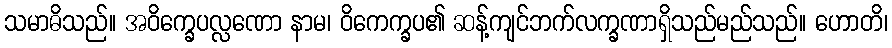
သမာဓိသည်။ အဝိက္ခေပလ္လဏော နာမ၊ ဝိကေက္ခပ၏ ဆန့်ကျင်ဘက်လက္ခဏာရှိသည်မည်သည်။ ဟောတိ၊